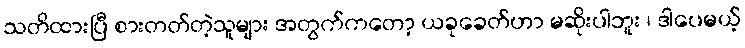
သတိထားပြီ စားတတ်တဲ့သူများ အတွက်ကတော့ ယခုခေတ်ဟာ မဆိုးပါဘူး ၊ ဒါပေမယ့်